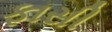
ફાસી